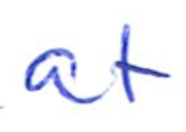
Text: at
Cross-out: clean
Writing tool: ballpoint